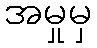
အမှုမှ